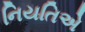
નિયતિએ